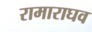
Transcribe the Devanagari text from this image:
रामाराघव